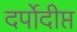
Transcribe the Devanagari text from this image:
दर्पोदीप्त